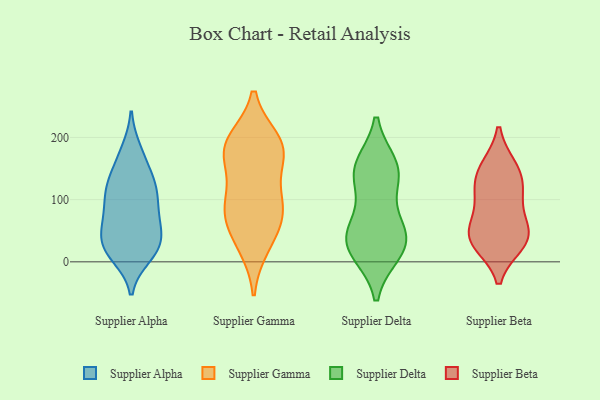
{"axis": {"x": "Demand Index", "y": "Value"}, "legend": ["Supplier Alpha", "Supplier Beta", "Supplier Delta", "Supplier Gamma"], "data": [{"x": "", "y": 112, "type": "Supplier Alpha"}, {"x": "", "y": 121, "type": "Supplier Alpha"}, {"x": "", "y": 27, "type": "Supplier Alpha"}, {"x": "", "y": 65, "type": "Supplier Alpha"}, {"x": "", "y": 95, "type": "Supplier Alpha"}, {"x": "", "y": 10, "type": "Supplier Alpha"}, {"x": "", "y": 174, "type": "Supplier Alpha"}, {"x": "", "y": 21, "type": "Supplier Alpha"}, {"x": "", "y": 39, "type": "Supplier Alpha"}, {"x": "", "y": 17, "type": "Supplier Alpha"}, {"x": "", "y": 113, "type": "Supplier Alpha"}, {"x": "", "y": 140, "type": "Supplier Alpha"}, {"x": "", "y": 69, "type": "Supplier Alpha"}, {"x": "", "y": 60, "type": "Supplier Alpha"}, {"x": "", "y": 31, "type": "Supplier Alpha"}, {"x": "", "y": 69, "type": "Supplier Alpha"}, {"x": "", "y": 141, "type": "Supplier Alpha"}, {"x": "", "y": 111, "type": "Supplier Alpha"}, {"x": "", "y": 18, "type": "Supplier Alpha"}, {"x": "", "y": 179, "type": "Supplier Alpha"}, {"x": "", "y": 188, "type": "Supplier Gamma"}, {"x": "", "y": 98, "type": "Supplier Gamma"}, {"x": "", "y": 172, "type": "Supplier Gamma"}, {"x": "", "y": 193, "type": "Supplier Gamma"}, {"x": "", "y": 88, "type": "Supplier Gamma"}, {"x": "", "y": 176, "type": "Supplier Gamma"}, {"x": "", "y": 27, "type": "Supplier Gamma"}, {"x": "", "y": 43, "type": "Supplier Gamma"}, {"x": "", "y": 178, "type": "Supplier Gamma"}, {"x": "", "y": 94, "type": "Supplier Gamma"}, {"x": "", "y": 76, "type": "Supplier Gamma"}, {"x": "", "y": 16, "type": "Supplier Delta"}, {"x": "", "y": 31, "type": "Supplier Delta"}, {"x": "", "y": 66, "type": "Supplier Delta"}, {"x": "", "y": 19, "type": "Supplier Delta"}, {"x": "", "y": 135, "type": "Supplier Delta"}, {"x": "", "y": 147, "type": "Supplier Delta"}, {"x": "", "y": 44, "type": "Supplier Delta"}, {"x": "", "y": 154, "type": "Supplier Delta"}, {"x": "", "y": 40, "type": "Supplier Delta"}, {"x": "", "y": 146, "type": "Supplier Delta"}, {"x": "", "y": 55, "type": "Supplier Beta"}, {"x": "", "y": 151, "type": "Supplier Beta"}, {"x": "", "y": 93, "type": "Supplier Beta"}, {"x": "", "y": 37, "type": "Supplier Beta"}, {"x": "", "y": 113, "type": "Supplier Beta"}, {"x": "", "y": 35, "type": "Supplier Beta"}, {"x": "", "y": 44, "type": "Supplier Beta"}, {"x": "", "y": 150, "type": "Supplier Beta"}, {"x": "", "y": 30, "type": "Supplier Beta"}, {"x": "", "y": 125, "type": "Supplier Beta"}]}